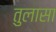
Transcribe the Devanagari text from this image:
तुलासा